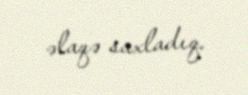
əlaqə saxladıq.